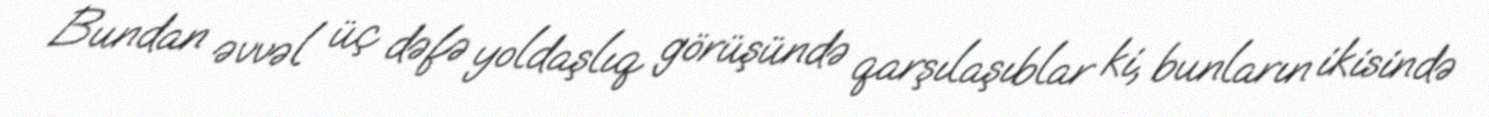
Bundan əvvəl üç dəfə yoldaşlıq görüşündə qarşılaşıblar ki, bunların ikisində